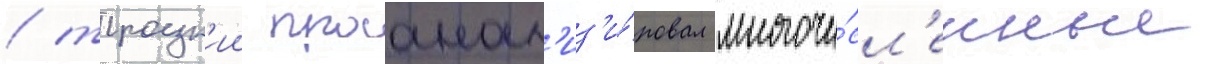
/ троцк'ии проанал'из'и́ровал многочи́сл'енные